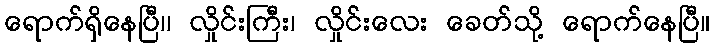
ရောက်ရှိနေပြီ၊၊ လှိုင်းကြီး၊ လှိုင်းလေး ခေတ်သို့ ရောက်နေပြီ။